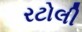
રટોલી